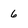
Character: 6